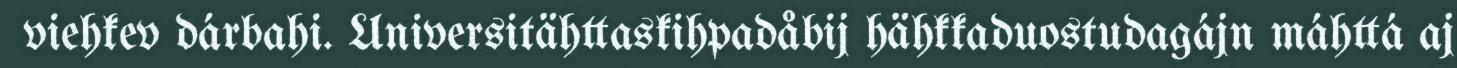
viehkev dárbahi. Universitähttaskihpadåbij hähkkaduostudagájn máhttá aj